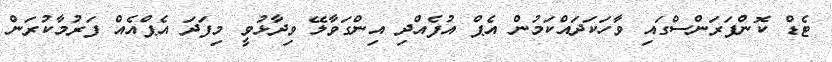
ޓެޑް ކޮންފަރަންސްގައި ވާހަކަދައްކަމުން އެޕް އުފެއްދި އިންގަވާލޭ ވިދާޅުވީ މިފަދަ އެޕްއެއް ފަރުމާކުރަން